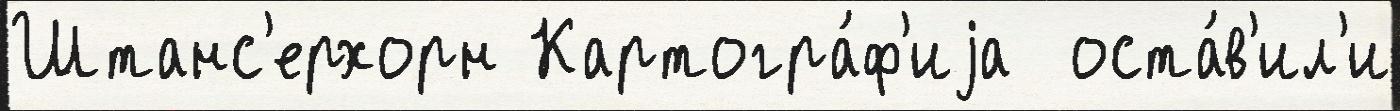
Штанс'ерхорн Картогра́ф'иjа  оста́в'ил'и